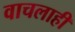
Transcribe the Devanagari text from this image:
वाचलाही